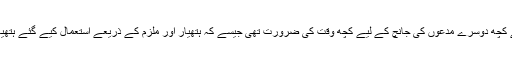
اس کے لیے کچھ دوسرے مدعوں کی جانچ کے لیے کچھ وقت کی ضرورت تھی جیسے کہ ہتھیار اور ملزم کے ذریعے استعمال کیے گئے ہتھیار کی جانچ۔